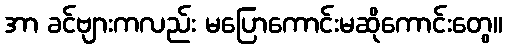
အာ ခင်ဗျားကလည်း မပြောကောင်းမဆိုကောင်းတွေ။